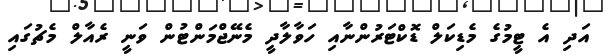
އަދި އެ ޓީމުގެ މެޑިކަލް ޑޮކްޓަރުންނާއި ހަވާލާދީ މެނޭޖްމަންޓުން ވަނީ ރެއާލް މެޗުގައި